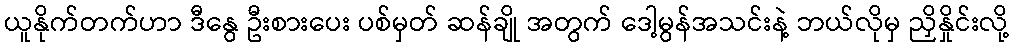
ယူနိုက်တက်ဟာ ဒီနွေ ဦးစားပေး ပစ်မှတ် ဆန်ချို အတွက် ဒေါ့မွန်အသင်းနဲ့ ဘယ်လိုမှ ညှိနှိုင်းလို့